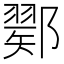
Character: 𨞈